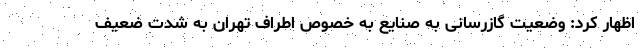
اظهار کرد: وضعیت گازرسانی به صنایع به خصوص اطراف تهران به شدت ضعیف